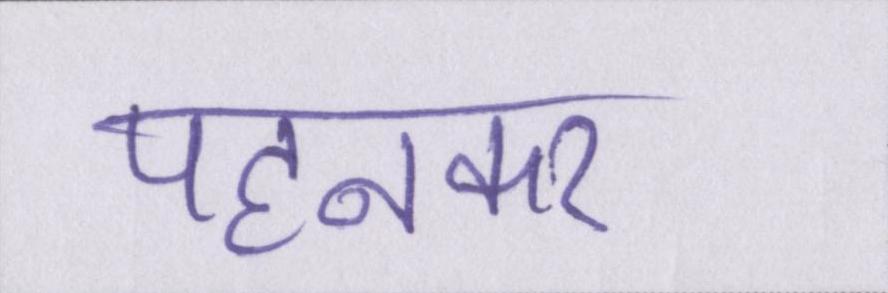
पहनकर